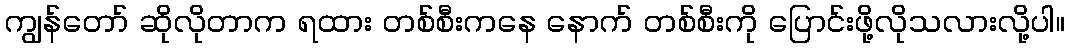
ကျွန်တော် ဆိုလိုတာက ရထား တစ်စီးကနေ နောက် တစ်စီးကို ပြောင်းဖို့လိုသလားလို့ပါ။